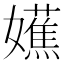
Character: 𫲔